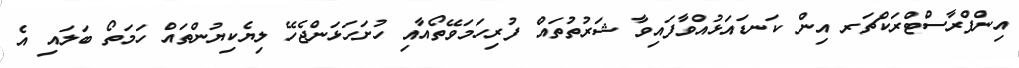
އިންފްރާސްޓްރަކްޗަރ އިން ކަނޑައަޅުއްވާފައިވާ ޝަރުތުތައް ފުރިހަމަވޭތޯއާއި ހުށަހަޅަންޖެހޭ ލިޔެކިޔުންތައް ހަމަތޯ ބަލައި އެ